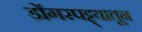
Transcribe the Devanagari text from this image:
डोंगरपट्ट्यातून